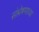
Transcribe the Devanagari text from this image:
संश्लेषणाच्या